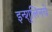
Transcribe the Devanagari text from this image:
इन्शुलिनचे